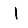
Digit: 1